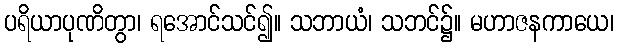
ပရိယာပုဏိတွာ၊ ရအောင်သင်၍။ သဘာယံ၊ သဘင်၌။ မဟာဇနကာယေ၊